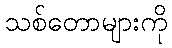
သစ်တောများကို